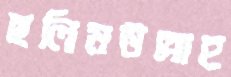
ছলিমউল্লাহ